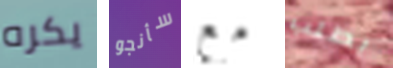
يكره سأنجو مع بطلب